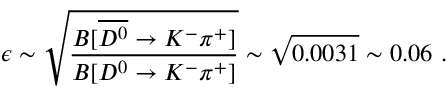
\epsilon \sim \sqrt { \frac { { \cal B } [ \overline { { { D ^ { 0 } } } } \rightarrow K ^ { - } \pi ^ { + } ] } { { \cal B } [ D ^ { 0 } \rightarrow K ^ { - } \pi ^ { + } ] } } \sim \sqrt { 0 . 0 0 3 1 } \sim 0 . 0 6 \ .